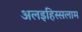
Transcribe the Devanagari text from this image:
अलइहिस्सलाम